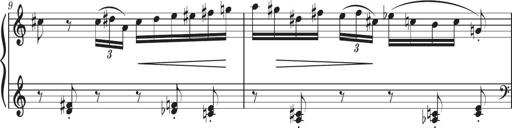
Title: Sonatine in 3 SÃ¤tzen
Composer: Gertrud Schweizer